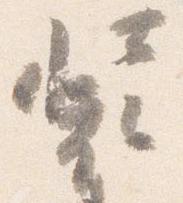
装